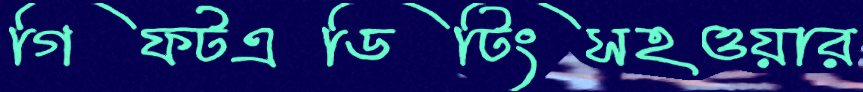
গিফটএডিটিংসহওয়ার